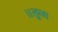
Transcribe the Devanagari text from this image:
॥तुला